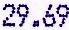
29.69